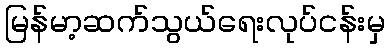
မြန်မာ့ဆက်သွယ်ရေးလုပ်ငန်းမှ